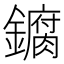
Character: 𫓘